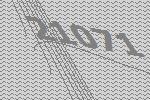
21071